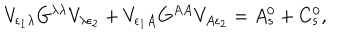
LaTeX: V _ { \epsilon _ { 1 } \lambda } G ^ { \lambda \lambda } V _ { \lambda \epsilon _ { 2 } } + V _ { \epsilon _ { 1 } A } G ^ { A A } V _ { A \epsilon _ { 2 } } = A _ { s } ^ { 0 } + C _ { s } ^ { 0 } ,